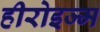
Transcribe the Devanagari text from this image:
हीरोइज्म